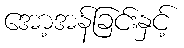
အော့အန်ခြင်းနှင့်